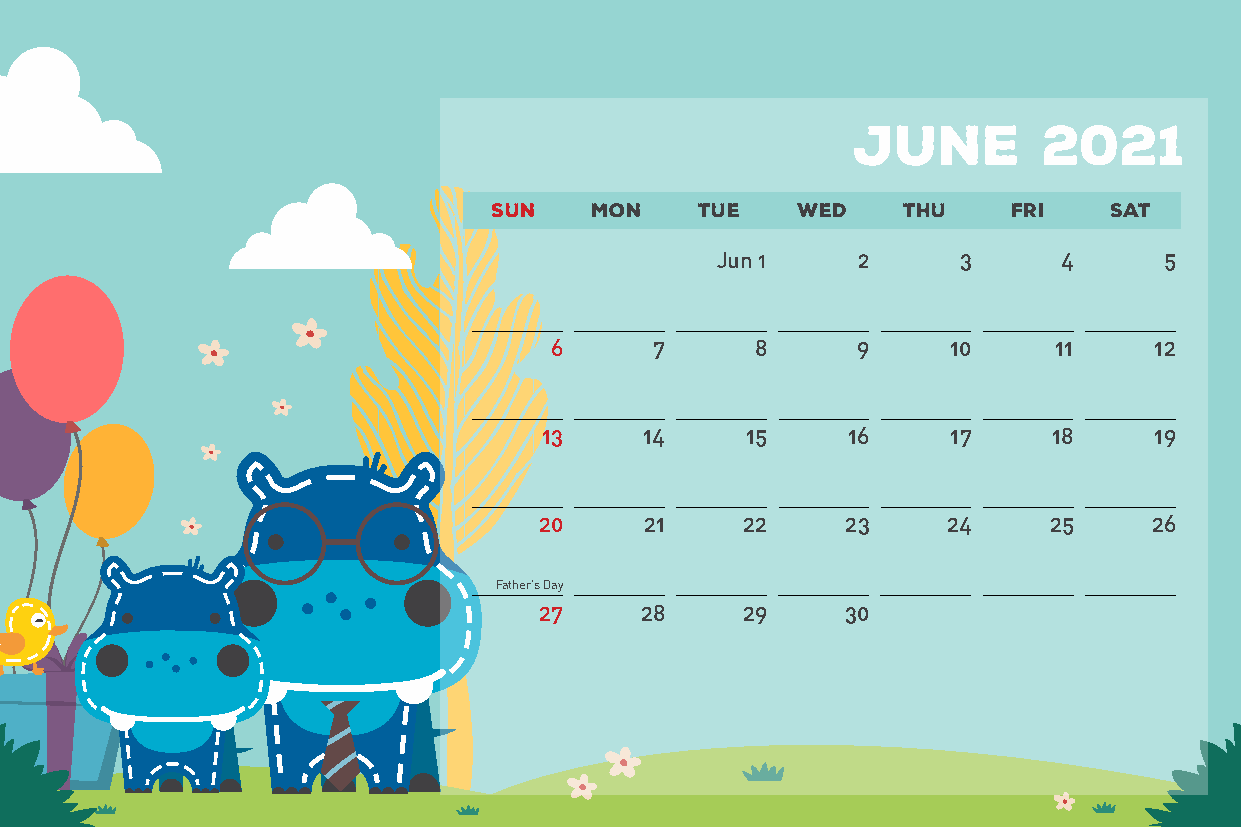
June         2021
 SUN   MON    TUE    WED    THU    FRI   SAT
 Jun 1     2     3      4      5
 6      7      8      9     10     11    12
 13     14    15     16     17     18    19
 20     21    22     23     24    25     26
 Father’s Day
 27    28     29     30